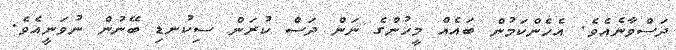
ދަސްވާނެއެވެ. އެހެންކަމުން ބައެއް މީހުންގެ ނަން ދަސް ކުރަން ސިކުނޑި ބޭނުން ނުވަނީއެވެ.